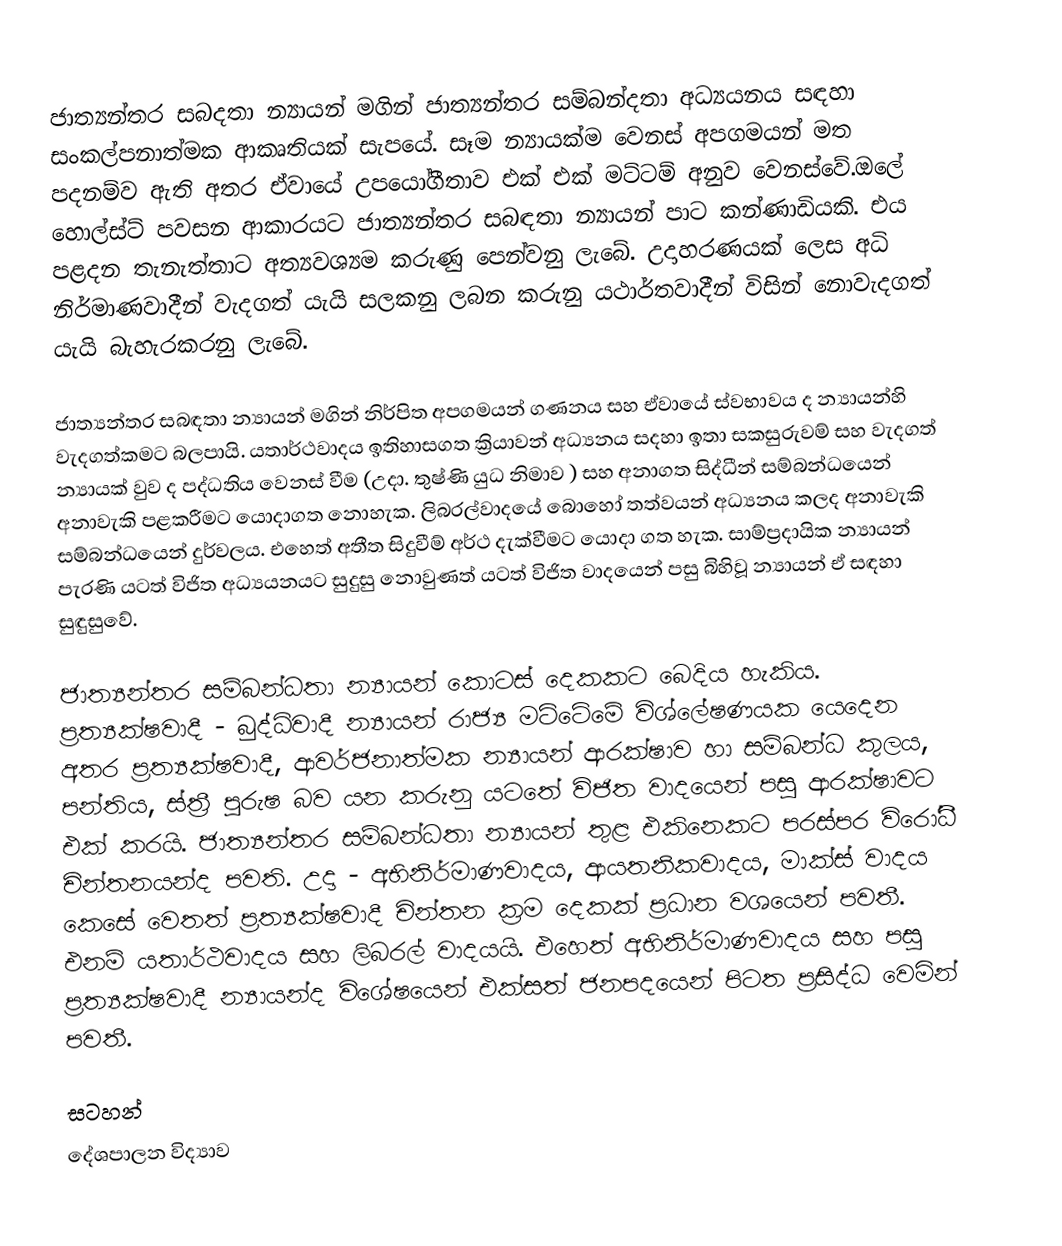
ජාත්‍යන්තර සබදතා න්‍යායන් මගින් ජාත්‍යන්තර සම්බන්දතා අධ්‍යයනය සඳහා සංකල්පනාත්මක ආකෘතියක් සැපයේ. සෑම න්‍යායක්ම වෙනස් අපගමයන් මත පදනම්ව ඇති අතර ඒවායේ උපයෝගීතාව එක් එක් මට්ටම් අනුව වෙනස්වේ.ඔලේ හොල්ස්ට් පවසන ආකාරයට ජාත්‍යන්තර සබඳතා න්‍යායන් පාට කන්ණාඩියකි. එය පළදන තැනැත්තාට අත්‍යවශ්‍යම කරුණු පෙන්වනු ලැබේ. උදාහරණයක් ලෙස අධි නිර්මාණවාදීන් වැදගත් යැයි සලකනු ලබන කරුනු යථාර්තවාදීන් විසින් නොවැදගත් යැයි බැහැරකරනු ලැබේ.

ජාත්‍යන්තර සබඳතා න්‍යායන් මගින් නිර්පිත අපගමයන් ගණනය සහ ඒවායේ ස්වභාවය ද න්‍යායන්හි වැදගත්කමට බලපායි. යතාර්ථවාදය ඉතිහාසගත ක්‍රියාවන් අධ්‍යනය සදහා ඉතා සකසුරුවම් සහ වැදගත් න්‍යායක් වුව ද පද්ධතිය වෙනස් වීම (උදා. තුෂ්ණි යුධ නිමාව ) සහ අනාගත සිද්ධීන් සම්බන්ධයෙන් අනාවැකි පළකරීමට යොදාගත නොහැක. ලිබරල්වාදයේ බොහෝ තත්වයන් අධ්‍යනය කලද අනාවැකි සම්බන්ධයෙන් දුර්වලය. එහෙත් අතීත සිදුවීම් අර්ථ දැක්වීමට යොදා ගත හැක. සාම්ප්‍රදායික න්‍යායන් පැරණි යටත් විජිත අධ්‍යයනයට සුදුසු නොවුණත් යටත් විජිත වාදයෙන් පසු බිහිවූ න්‍යායන් ඒ සඳහා සුඳුසුවේ.

ජාත්‍යන්තර සම්බන්ධතා න්‍යායන් කොටස් දෙකකට බෙදිය හැකිය. ප්‍රත්‍යක්ෂවාදී - බුද්ධිවාදී න්‍යායන් රාජ්‍ය මට්ටේමේ විශ්ලේෂණයක යෙදෙන අතර ප්‍රත්‍යක්ෂවාදී, ආවර්ජනාත්මක න්‍යායන් ආරක්ෂාව හා සම්බන්ධ කුලය, පන්තිය, ස්ත්‍රී පුරුෂ බව යන කරුනු යටතේ විජිත වාදයෙන් පසු ආරක්ෂාවට එක් කරයි. ජාත්‍යන්තර සම්බන්ධතා න්‍යායන් තුළ එකිනෙකට පරස්පර විරෝධී චින්තනයන්ද පවති. උදා - අභිනිර්මාණවාදය, ආයතනිකවාදය, මාක්ස් වාදය කෙසේ වෙතත් ප්‍රත්‍යක්ෂවාදී චින්තන ක්‍රම දෙකක් ප්‍රධාන වශයෙන් පවතී. එනම් යතාර්ථවාදය සහ ලිබරල් වාදයයි. එහෙත් අභිනිර්මාණවාදය සහ පසු ප්‍රත්‍යක්ෂවාදී න්‍යායන්ද විශේෂයෙන් එක්සත් ජනපදයෙන් පිටත ප්‍රසිද්ධ වෙමින් පවතී.

සටහන්
දේශපාලන විද්‍යාව